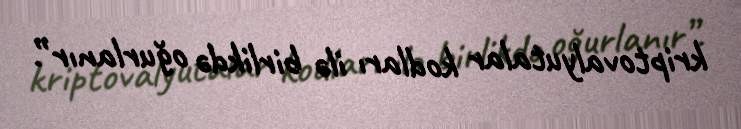
kriptovalyutalar kodları ilə birlikdə oğurlanır”.